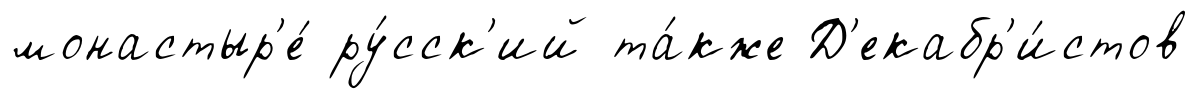
монастыр'е́ ру́сск'ий та́кже Д'екабр'и́стов